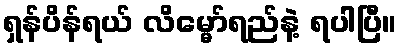
ရှန်ပိန်ရယ် လိမ္မော်ရည်နဲ့ ရပါပြီ။